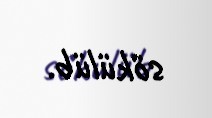
sökülüb.